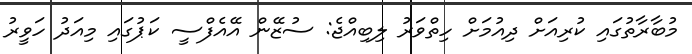
މުބާރާތުގައި ކުރިއަށް ދިއުމަށް ހިތްވަރު ލިބިއްޖެ: ސުޒޭން އޭއެފްސީ ކަޕުގައި މިއަދު ހަވީރު